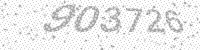
Solution: 903726